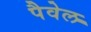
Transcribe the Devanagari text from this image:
पैवेल